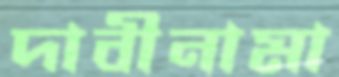
দাবীনামা